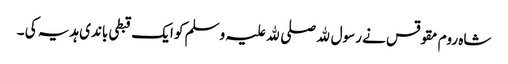
شاہ روم مقوقس نے رسول ﷲ صلی ﷲ علیہ وسلم کو ایک قبطی باندی ہدیہ کی ۔